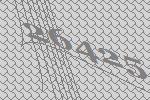
26425